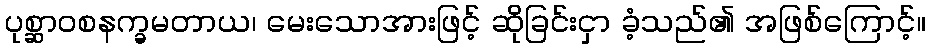
ပုစ္ဆာဝစနက္ခမတာယ၊ မေးသောအားဖြင့် ဆိုခြင်းငှာ ခံ့သည်၏ အဖြစ်ကြောင့်။